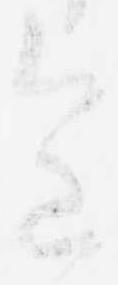
意